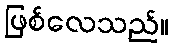
ဖြစ်လေသည်။